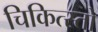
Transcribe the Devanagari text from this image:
चिकित्स्तो